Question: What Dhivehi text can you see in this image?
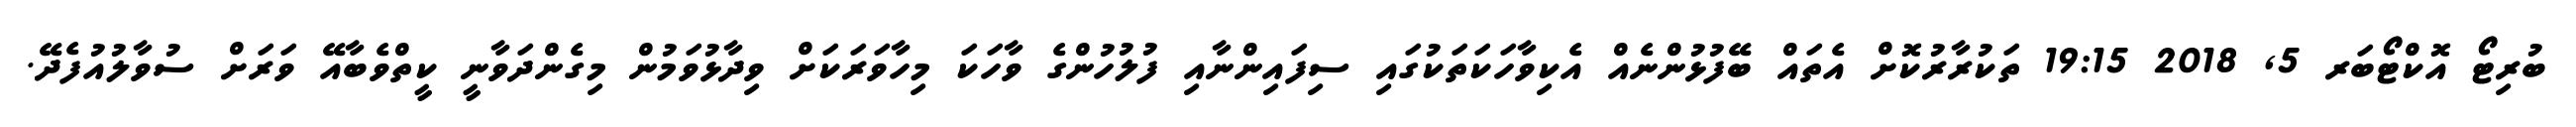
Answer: ބުރިޓޯ އޮކްޓޯބަރ 5, 2018 19:15 ތަކުރާރުކޮށް އެތައް ބޭފުޅުންނެއް އެކިވާހަކަތަކުގައި ސިފައިންނާއި ފުލުހުންގެ ވާހަކަ މިހާވަރަކަށް ވިދާޅުވަމުން މިގެންދަވާނީ ކީތްވެބާއޭ ވަރަށް ސުވާލުއުފެދޭ.